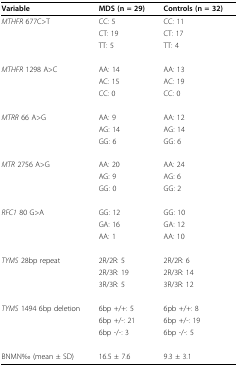
| Variable | MDS (n = 29) | Controls (n = 32) |
 | --- | --- | --- |
 | MTHFR 677C>T | CC: 5 | CC: 11 |
 |  | CT: 19 | CT: 17 |
 |  | TT: 5 | TT: 4 |
 | MTHFR 1298 A>C | AA: 14 | AA: 13 |
 |  | AC: 15 | AC: 19 |
 |  | CC: 0 | CC: 0 |
 | MTRR 66 A>G | AA: 9 | AA: 12 |
 |  | AG: 14 | AG: 14 |
 |  | GG: 6 | GG: 6 |
 | MTR 2756 A>G | AA: 20 | AA: 24 |
 |  | AG: 9 | AG: 6 |
 |  | GG: 0 | GG: 2 |
 | RFC1 80 G>A | GG: 12 | GG: 10 |
 |  | GA: 16 | GA: 12 |
 |  | AA: 1 | AA: 10 |
 | TYMS 28bp repeat | 2R/2R: 5 | 2R/2R: 6 |
 |  | 2R/3R: 19 | 2R/3R: 14 |
 |  | 3R/3R: 5 | 3R/3R: 12 |
 | TYMS 1494 6bp deletion | 6bp +/+: 5 | 6pb +/+: 8 |
 |  | 6bp +/-: 21 | 6bp +/-: 19 |
 |  | 6bp -/-: 3 | 6bp -/-: 5 |
 | BNMN‰ (mean ± SD) | 16.5 ± 7.6 | 9.3 ± 3.1 |